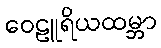
ဝေဠူရိယထမ္ဘာ